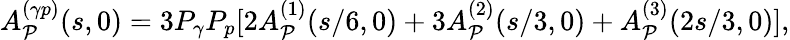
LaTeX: A_{\cal P}^{(\gamma p)}(s,0)=3P_{\gamma}P_{p}[2A_{\cal P}^{(1)}(s/6,0)+3A_{\cal P}^{(2)}(s/3,0)+A_{\cal P}^{(3)}(2s/3,0)],